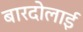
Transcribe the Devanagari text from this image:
बारदोलाई